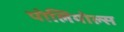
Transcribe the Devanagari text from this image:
पोलियोल्स